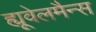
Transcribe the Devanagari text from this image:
ह्यूवेलमैन्स